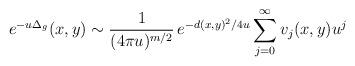
LaTeX: \begin{align*} e^{-u \Delta_g }(x, y) \sim \frac{1}{(4 \pi u)^{m/2}}\,e^{-d(x,y)^2/4u} \sum_{j = 0}^{\infty} v_j(x, y) u^j \end{align*}